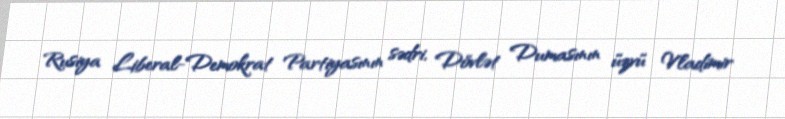
Rusiya Liberal-Demokrat Partiyasının sədri, Dövlət Dumasının üzvü Vladimir